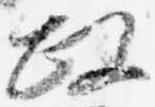
政